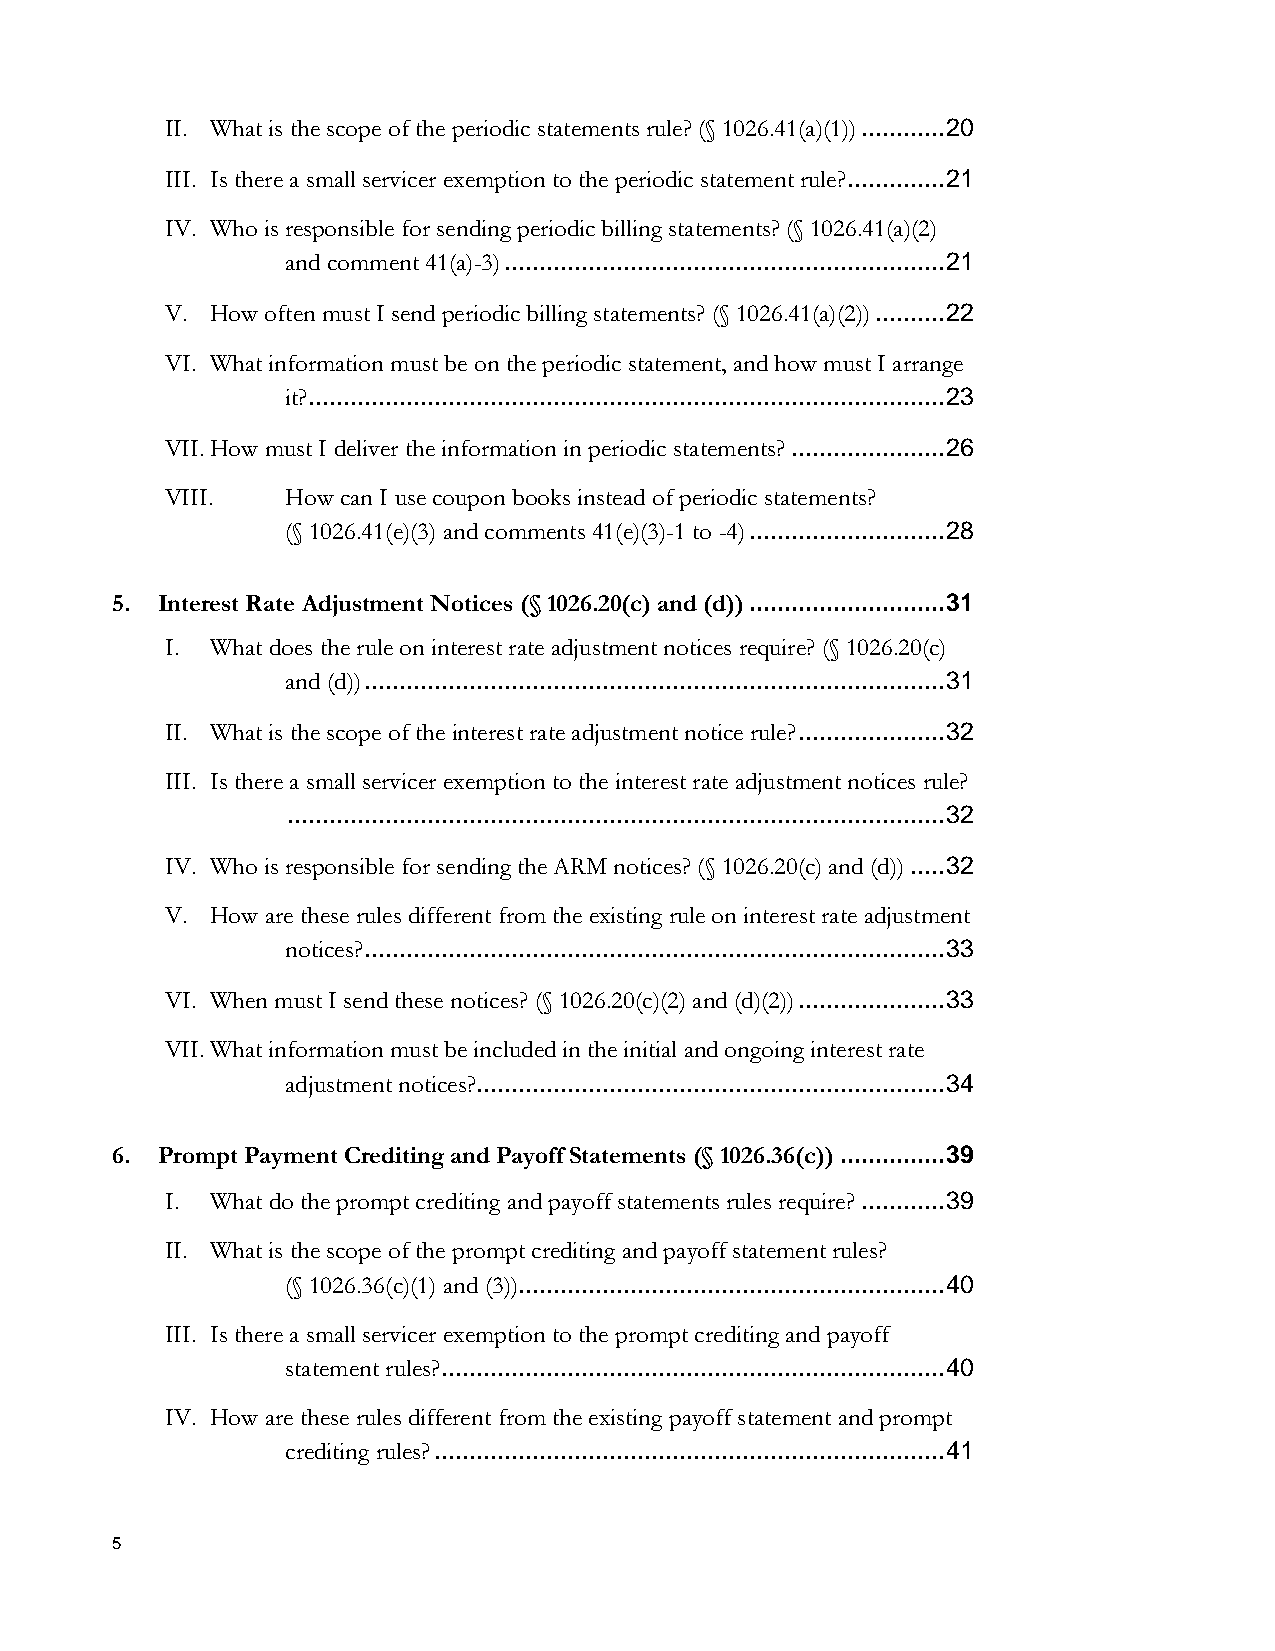
II. What is the scope of the periodic statements rule? (§ 1026.41(a)(1)) ............ 20
 III. Is there a small servicer exemption to the periodic statement rule? .............. 21
 IV. Who is responsible for sending periodic billing statements? (§ 1026.41(a)(2)
 and comment 41(a)-3) ............................................................... 21
 V. How often must I send periodic billing statements? (§ 1026.41(a)(2)) .......... 22
 VI. What information must be on the periodic statement, and how must I arrange
 it? ........................................................................................... 23
 VII. How must I deliver the information in periodic statements? ...................... 26
 VIII.   How can I use coupon books instead of periodic statements?
 (§ 1026.41(e)(3) and comments 41(e)(3)-1 to -4) ............................ 28
 5. Interest Rate Adjustment Notices (§ 1026.20(c) and (d)) ............................ 31
 I. What does the rule on interest rate adjustment notices require? (§ 1026.20(c)
 and (d)) ................................................................................... 31
 II. What is the scope of the interest rate adjustment notice rule? ..................... 32
 III. Is there a small servicer exemption to the interest rate adjustment notices rule?
 .............................................................................................. 32
 IV. Who is responsible for sending the ARM notices? (§ 1026.20(c) and (d)) ..... 32
 V. How are these rules different from the existing rule on interest rate adjustment
 notices? ................................................................................... 33
 VI. When must I send these notices? (§ 1026.20(c)(2) and (d)(2)) ..................... 33
 VII. What information must be included in the initial and ongoing interest rate
 adjustment notices? ................................................................... 34
 6. Prompt Payment Crediting and Payoff Statements (§ 1026.36(c)) ............... 39
 I. What do the prompt crediting and payoff statements rules require? ............ 39
 II. What is the scope of the prompt crediting and payoff statement rules?
 (§ 1026.36(c)(1) and (3)) ............................................................. 40
 III. Is there a small servicer exemption to the prompt crediting and payoff
 statement rules? ........................................................................ 40
 IV. How are these rules different from the existing payoff statement and prompt
 crediting rules? ......................................................................... 41
 5